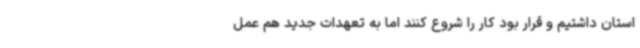
استان داشتیم و قرار بود کار را شروع کنند اما به تعهدات جدید هم عمل